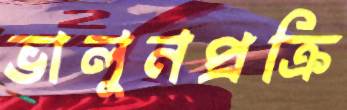
ভালুনপ্রক্রি